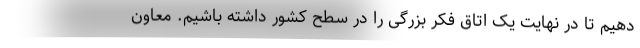
دهیم تا در نهایت یک اتاق فکر بزرگی را در سطح کشور داشته باشیم. معاون